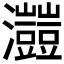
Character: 𤅐